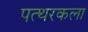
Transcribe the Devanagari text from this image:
पत्थरकला